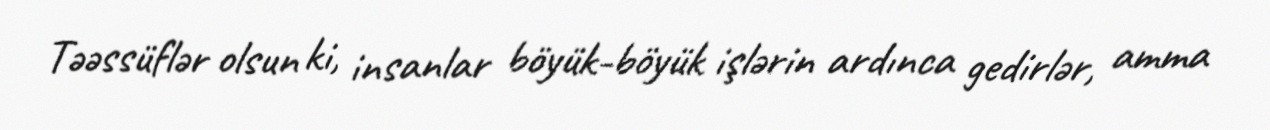
Təəssüflər olsun ki, insanlar böyük-böyük işlərin ardınca gedirlər, amma